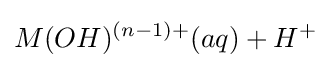
M(OH)^{(n-1)+}(aq)+H^{+}